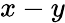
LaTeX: x-y